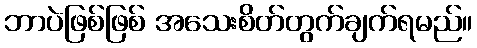
ဘာပဲဖြစ်ဖြစ် အသေးစိတ်တွက်ချက်ရမည်။